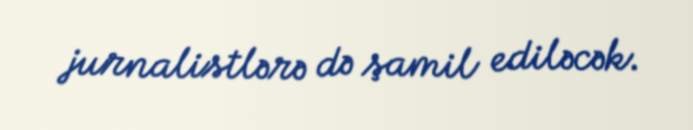
jurnalistlərə də şamil ediləcək.